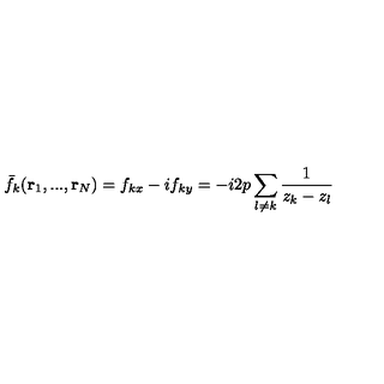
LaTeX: \bar { f } _ { k } ( { \bf r } _ { 1 } , . . . , { \bf r } _ { N } ) = f _ { k x } - i f _ { k y } = - i 2 p \sum _ { l \neq k } \frac { 1 } { z _ { k } - z _ { l } }